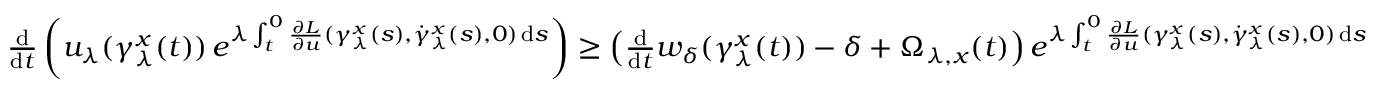
\begin{array} { r } { \frac { \mathrm { d } } { \mathrm { d } t } \left( u _ { \lambda } ( \gamma _ { \lambda } ^ { x } ( t ) ) \, e ^ { \lambda \int _ { t } ^ { 0 } \frac { \partial L } { \partial u } ( \gamma _ { \lambda } ^ { x } ( s ) , \dot { \gamma } _ { \lambda } ^ { x } ( s ) , 0 ) \, \mathrm { d } s } \right) \geq \left( \frac { \mathrm { d } } { \mathrm { d } t } w _ { \delta } ( \gamma _ { \lambda } ^ { x } ( t ) ) - \delta + \Omega _ { \lambda , x } ( t ) \right) e ^ { \lambda \int _ { t } ^ { 0 } \frac { \partial L } { \partial u } ( \gamma _ { \lambda } ^ { x } ( s ) , \dot { \gamma } _ { \lambda } ^ { x } ( s ) , 0 ) \, \mathrm { d } s } } \end{array}